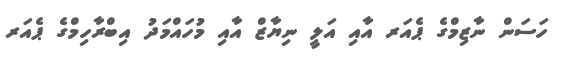
ހަސަން ނާޒިމްގެ ޕެއަރ އާއި އަލީ ނިޔާޒް އާއި މުހައްމަދު އިބްރާހިމްގެ ޕެއަރ